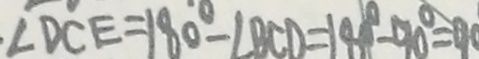
\angle D C E = 1 8 0 ^ { \circ } - \angle B C D = 1 8 0 ^ { \circ } - 9 0 ^ { \circ } = 9 0